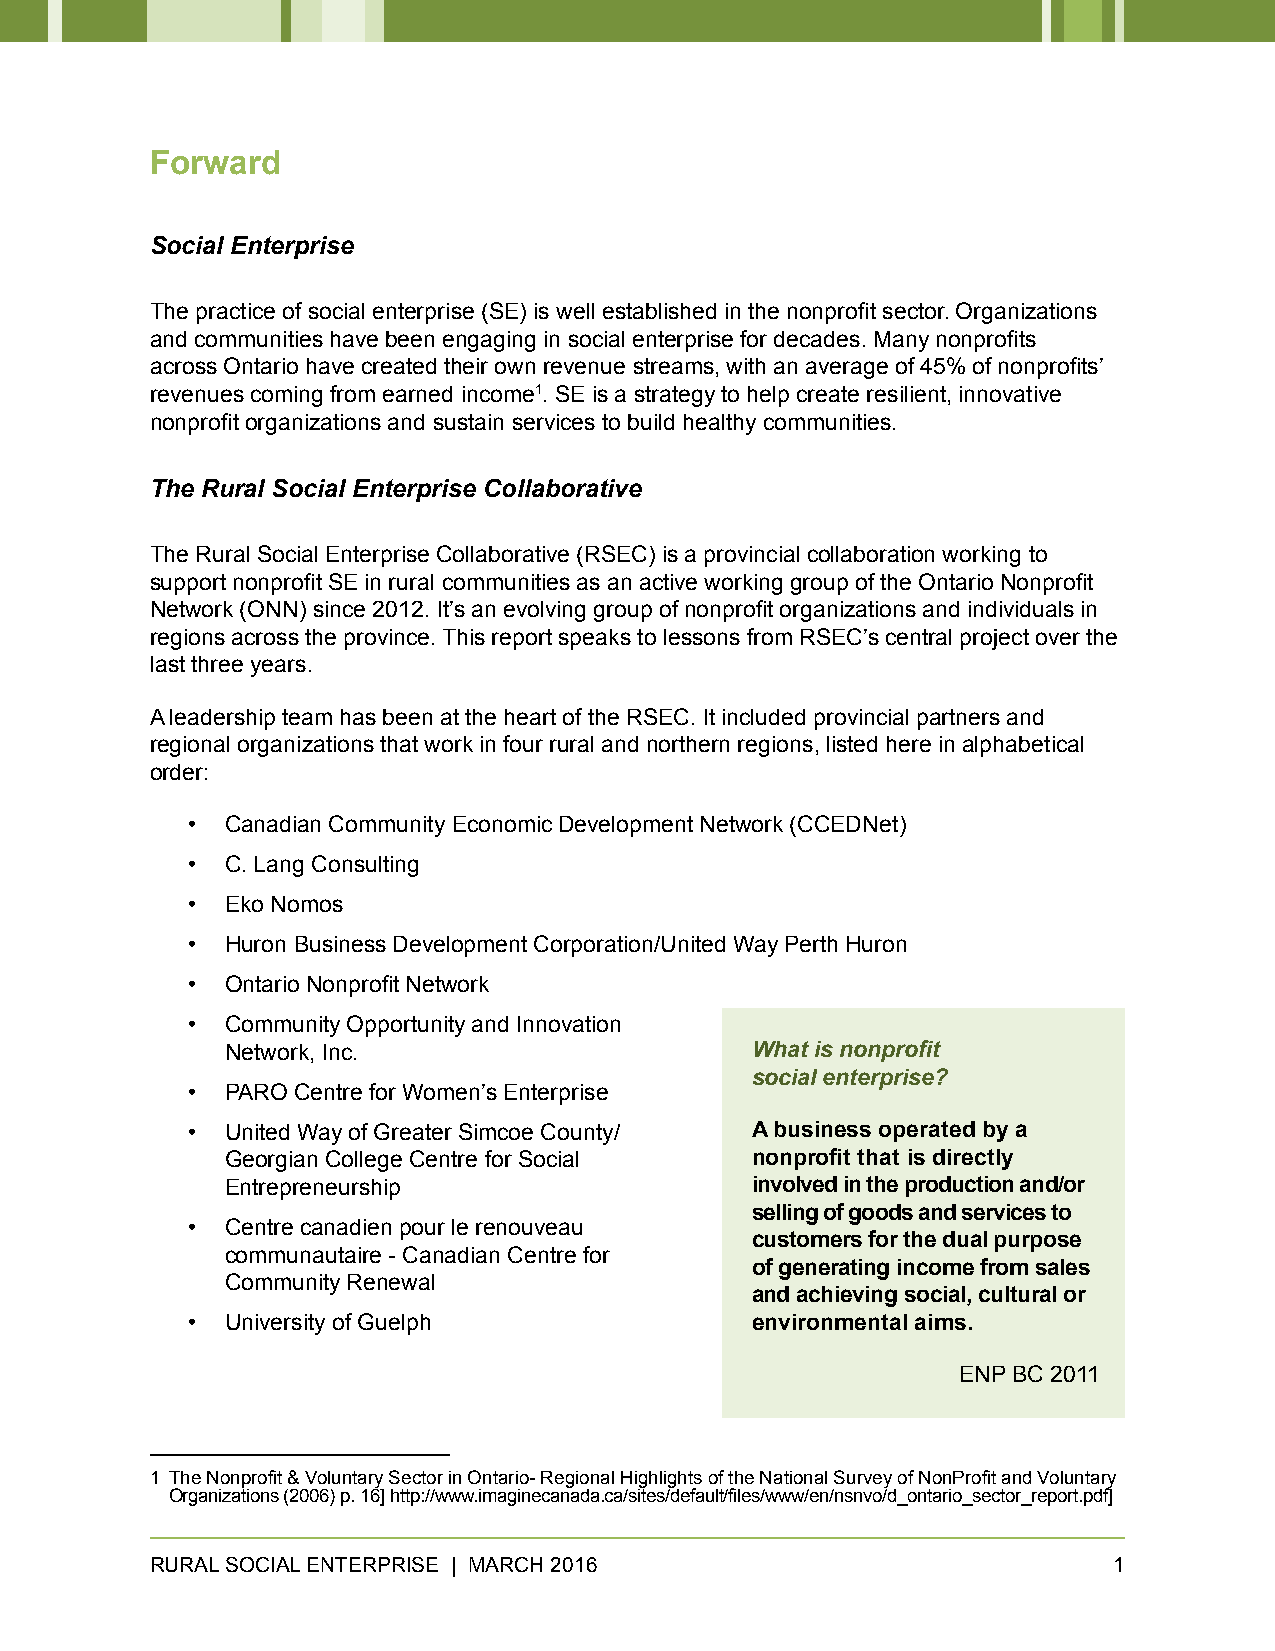
Forward
 Social Enterprise
 The practice of social enterprise (SE) is well established in the nonprofit sector. Organizations
 and communities have been engaging in social enterprise for decades. Many nonprofits
 across Ontario have created their own revenue streams, with an average of 45% of nonprofits’
 revenues coming from earned income1. SE is a strategy to help create resilient, innovative
 nonprofit organizations and sustain services to build healthy communities.
 The Rural Social Enterprise Collaborative
 The Rural Social Enterprise Collaborative (RSEC) is a provincial collaboration working to
 support nonprofit SE in rural communities as an active working group of the Ontario Nonprofit
 Network (ONN) since 2012. It’s an evolving group of nonprofit organizations and individuals in
 regions across the province. This report speaks to lessons from RSEC’s central project over the
 last three years.
 A leadership team has been at the heart of the RSEC. It included provincial partners and
 regional organizations that work in four rural and northern regions, listed here in alphabetical
 order:
 •  Canadian Community Economic Development Network (CCEDNet)
 •  C. Lang Consulting
 •  Eko Nomos
 •  Huron Business Development Corporation/United Way Perth Huron
 •  Ontario Nonprofit Network
 •  Community Opportunity and Innovation
 Network, Inc.                      What is nonprofit
 social enterprise?
 •  PARO Centre for Women’s Enterprise
 •  United Way of Greater Simcoe County/ A business operated by a
 Georgian College Centre for Social nonprofit that is directly
 Entrepreneurship                   involved in the production and/or
 selling of goods and services to
 •  Centre canadien pour le renouveau
 customers for the dual purpose
 communautaire - Canadian Centre for
 of generating income from sales
 Community Renewal
 and achieving social, cultural or
 •  University of Guelph               environmental aims.
 ENP BC 2011
 1 The Nonprofit & Voluntary Sector in Ontario- Regional Highlights of the National Survey of NonProfit and Voluntary
 Organizations (2006) p. 16] http://www.imaginecanada.ca/sites/default/files/www/en/nsnvo/d_ontario_sector_report.pdf]
 RURAL SOCIAL ENTERPRISE | MARCH 2016                            1